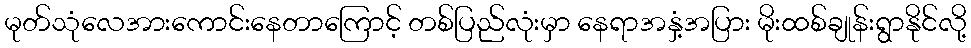
မုတ်သုံလေအားကောင်းနေတာကြောင့် တစ်ပြည်လုံးမှာ နေရာအနှံ့အပြား မိုးထစ်ချုန်းရွာနိုင်လို့